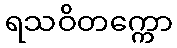
ရသဝိတက္ကော